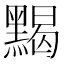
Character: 𪑦